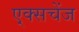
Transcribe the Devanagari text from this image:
ए्क्सचेंज